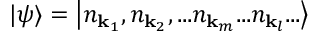
| \psi \rangle = \left| n _ { \mathbf { k } _ { 1 } } , n _ { \mathbf { k } _ { 2 } } , . . . n _ { \mathbf { k } _ { m } } . . . n _ { \mathbf { k } _ { l } } . . . \right\rangle